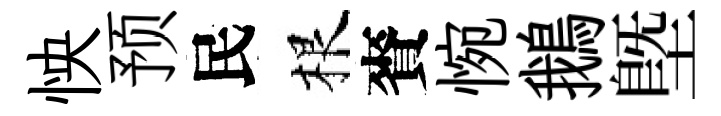
怏预民根賚惋鵝塈